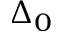
\Delta _ { 0 }